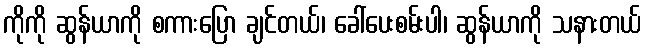
ကိုကို ဆွန်ယာကို စကားပြော ချင်တယ်၊ ခေါ်ပေးစမ်းပါ၊ ဆွန်ယာကို သနားတယ်